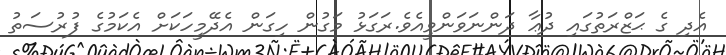
އެދި ގެ ޙަޒްރަތުގައި ދުޢާ ދަންނަވަންވީއެވެ.ރަގަޅު މަގުން ހިގަން އެދޭމީހަކަށް އެކަމުގެ ފުރުސަތު